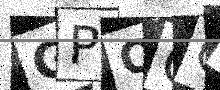
Text: GPOGQ0